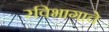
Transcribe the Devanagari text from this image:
रविभागाचे